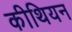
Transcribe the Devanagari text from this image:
कीथियन